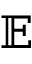
\mathbb { E }